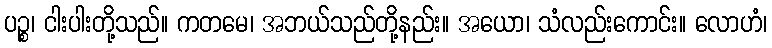
ပဉ္စ၊ ငါးပါးတို့သည်။ ကတမေ၊ အဘယ်သည်တို့နည်း။ အယော၊ သံလည်းကောင်း။ လောဟံ၊